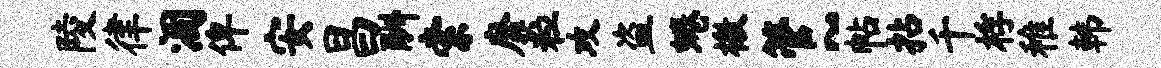
陵律涸俾安昌酬索靡粒攻盗蜷檄管~帖拈千桴稚韩